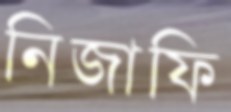
নিজাফি